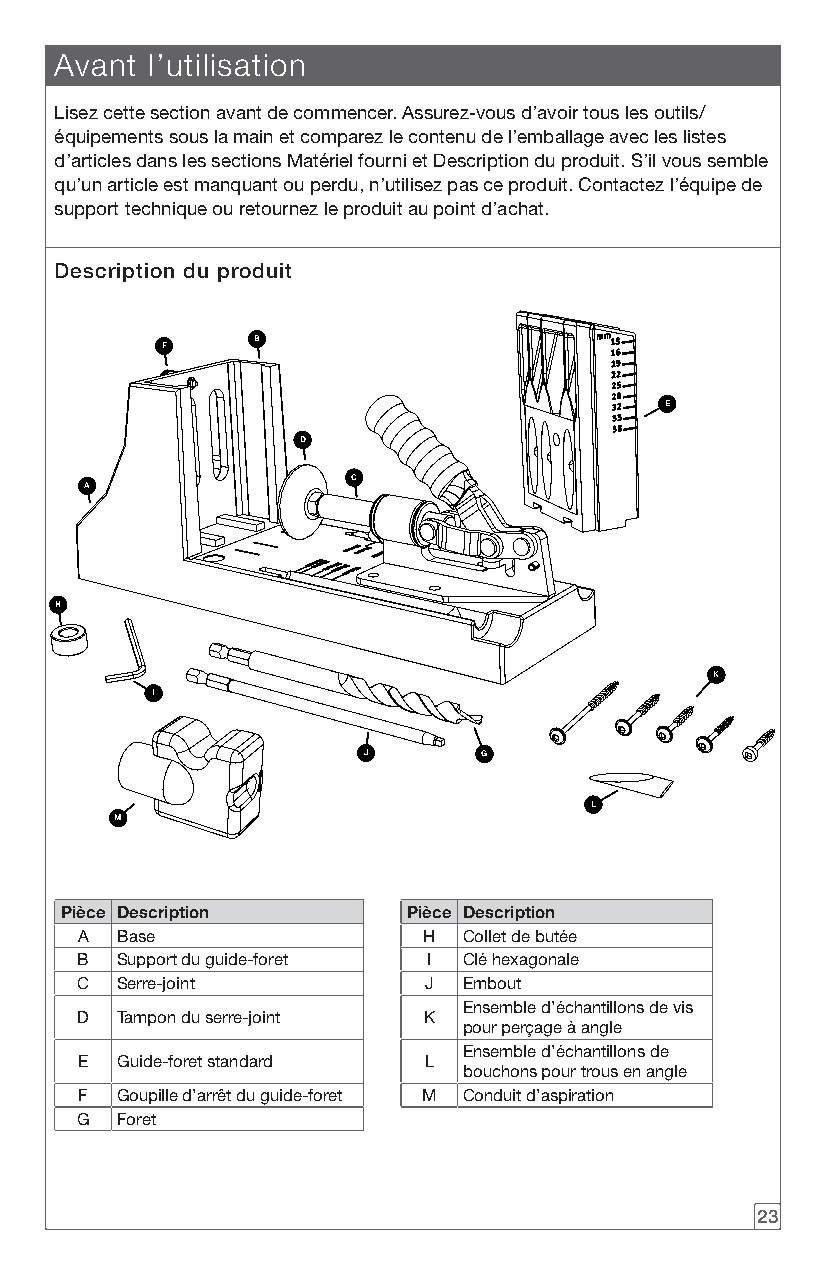
Avant l’utilisation
 Lisez cette section avant de commencer. Assurez-vous d’avoir tous les outils/
 équipements sous la main et comparez le contenu de l’emballage avec les listes
 d’articles dans les sections Matériel fourni et Description du produit. S’il vous semble
 qu’un article est manquant ou perdu, n’utilisez pas ce produit. Contactez l’équipe de
 support technique ou retournez le produit au point d’achat.
 Description du produit
 B
 F
 E
 D
 C
 A
 H
 K
 I
 J       G
 L
 M
 Pièce Description      Pièce Description
 A  Base                H  Collet de butée
 B  Support du guide-foret I Clé hexagonale
 C  Serre-joint         J  Embout
 Ensemble d’échantillons de vis
 D  Tampon du serre-joint K
 pour perçage à angle
 Ensemble d’échantillons de
 E  Guide-foret standard L
 bouchons pour trous en angle
 F  Goupille d’arrêt du guide-foret M Conduit d’aspiration
 G  Foret
 23